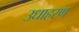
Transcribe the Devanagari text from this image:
उधाहरण